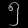
Digit: ၅